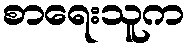
စာရေးသူက